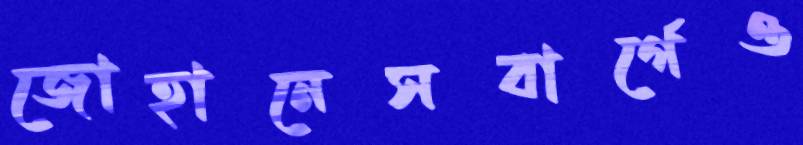
জোহানেসবার্গেও